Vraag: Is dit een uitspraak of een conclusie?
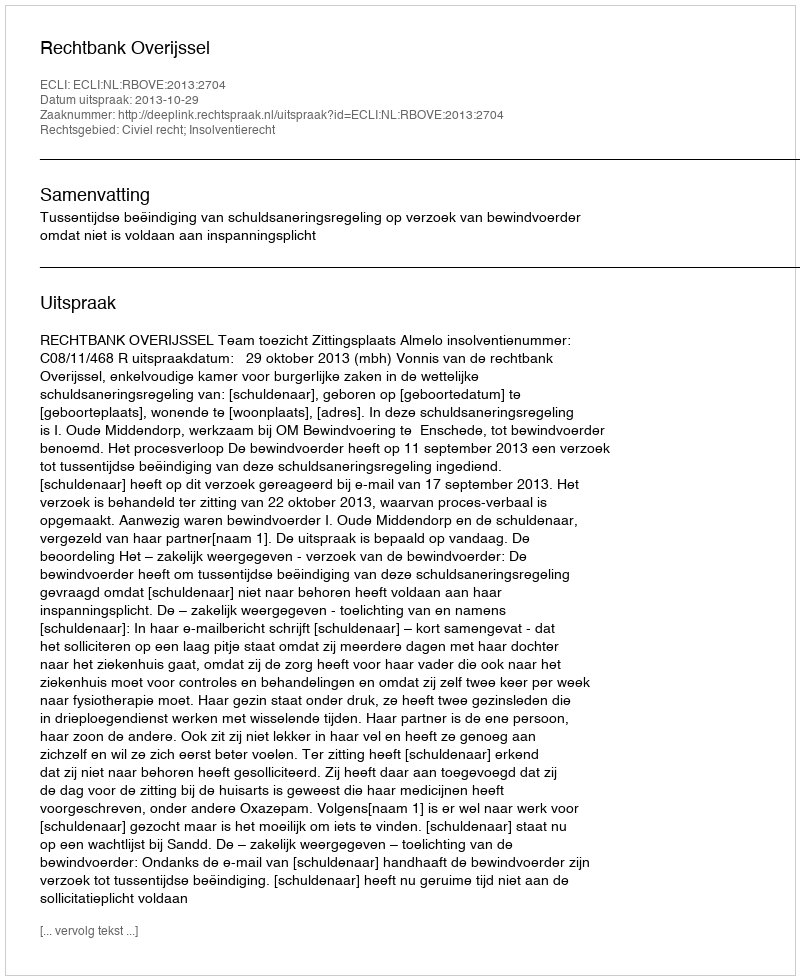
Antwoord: Uitspraak